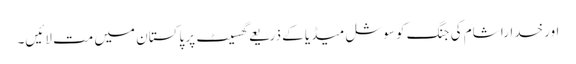
اور خدارا شام کی جنگ کو سوشل میڈیا کے ذریعے گھسیٹ پر پاکستان میں مت لائیں۔